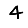
Digit: 4